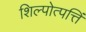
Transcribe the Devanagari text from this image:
शिल्पोत्पत्तिं